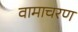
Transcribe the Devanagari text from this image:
वामाचरण